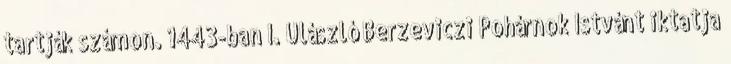
tartják számon. 1443-ban I. Ulászló Berzeviczi Pohárnok Istvánt iktatja